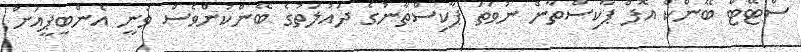
ސްޓޭޓް ބޭންކް އޮފް ޕާކިސްތާން ނުވަތަ ޕާކިސްތާނުގެ ދައުލަތުގެ ބޭންކުންވެސް ވަނީ އެންބީޕީއަށް